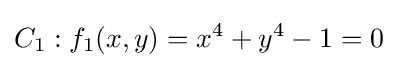
C_{1}:f_{1}(x,y)=x^{4}+y^{4}-1=0